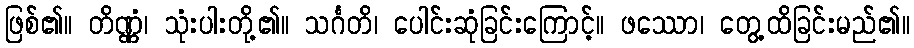
ဖြစ်၏။ တိဏ္ဏံ၊ သုံးပါးတို့၏။ သင်္ဂတိ၊ ပေါင်းဆုံခြင်းကြောင့်။ ဖဿော၊ တွေ့ထိခြင်းမည်၏။